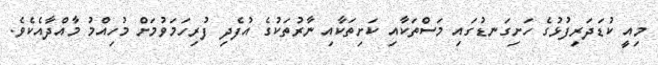
މިއީ ކުޑަދަރިފުޅުގެ ހަށިގަނޑުގައި މަސްތަކާއި ކަށިތަކާއި ނާރުތަކުގެ އުފެދި ފުރިހަމަވުމަށް މުހިއްމު މާއްދާއެކެވެ.